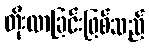
တိုးလာခြင်းဖြစ်သည်